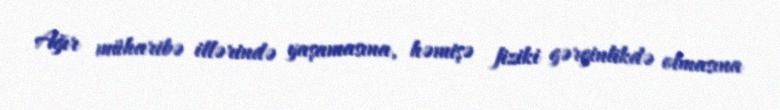
Ağır müharibə illərində yaşamasına, həmişə fiziki gərginlikdə olmasına